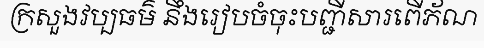
ក្រសួងវប្បធម៌ នឹងរៀបចំចុះបញ្ជីសារពើភ័ណ